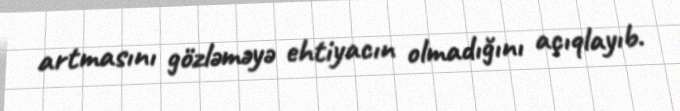
artmasını gözləməyə ehtiyacın olmadığını açıqlayıb.